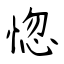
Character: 惚